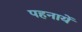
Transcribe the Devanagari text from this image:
पहनायें